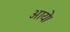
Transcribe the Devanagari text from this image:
अाये।